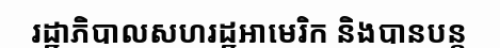
រដ្ឋាភិបាលសហរដ្ឋអាមេរិក និងបានបន្ត